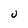
Character: U